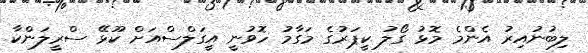
ލިބުނުއިރު އެންމެ މޮޅު ގޯލު ކީޕަރުގެ މަގާމު ހޮވުނީ އީގަލްސްއަށް ކޫޅޭ ސްރީލަންކާ